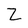
Character: Z